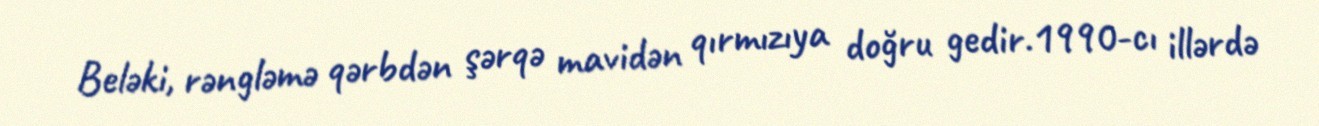
Beləki, rəngləmə qərbdən şərqə mavidən qırmızıya doğru gedir.1990-cı illərdə